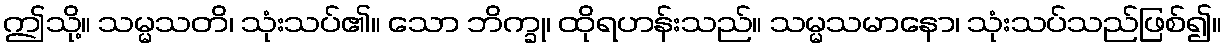
ဤသို့။ သမ္မသတိ၊ သုံးသပ်၏။ သော ဘိက္ခု၊ ထိုရဟန်းသည်။ သမ္မသမာနော၊ သုံးသပ်သည်ဖြစ်၍။